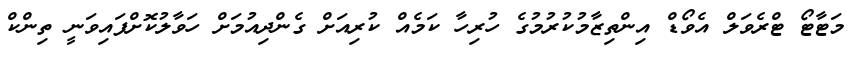
މަޓާޓޯ ޓްރެވަލް އެވޯޑް އިންތިޒާމުކުރުމުގެ ހުރިހާ ކަމެއް ކުރިއަށް ގެންދިއުމަށް ހަވާލުކޮށްފައިވަނީ ތިންކް